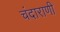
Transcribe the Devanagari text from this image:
चंदाराणी